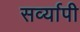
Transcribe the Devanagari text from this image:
सर्व्यापी